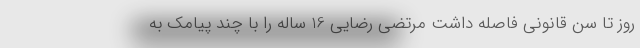
روز تا سن قانونی فاصله داشت مرتضی رضایی 16 ساله را با چند پیامک به